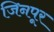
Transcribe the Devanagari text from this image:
जिनपूर